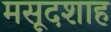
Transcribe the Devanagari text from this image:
मसूदशाह